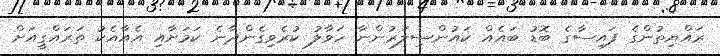
ރައްޔިތުންގެ ފައިސާގެ ބޮޑު ބައެއް ކައުންސިލަރުންނާ ހަވާލު ކުރެވިގެންދާނެ ކަމަށާއި އެއާއެކު ތަރައްގީއަށް